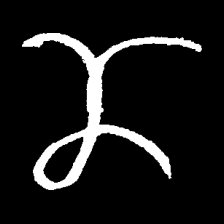
Pyu character \u2014 Myanmar letter: ဏ (romanized: nna)